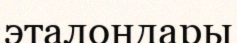
эталондары